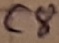
Text: C8